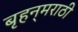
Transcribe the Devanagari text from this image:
बृहन्‌मराठी